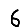
Digit: 6